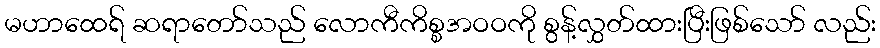
မဟာထေရ် ဆရာတော်သည် လောကီကိစ္စအဝဝကို စွန့်လွှတ်ထားပြီးဖြစ်သော် လည်း